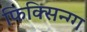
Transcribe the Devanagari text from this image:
फिक्सिन्ग्ग